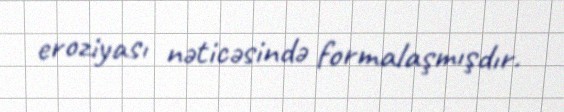
eroziyası nəticəsində formalaşmışdır.